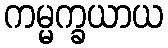
ကမ္မက္ခယာယ